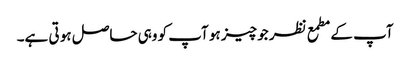
آپ کے مطمع نظر جو چیز ہو آپ کو وہی حاصل ہو تی ہے۔